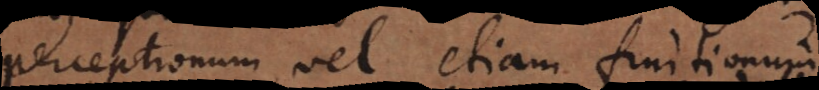
perceptionum, vel etiam fruitionum